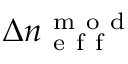
\Delta n _ { \mathrm { ~ e ~ f ~ f ~ } } ^ { \mathrm { ~ m ~ o ~ d ~ } }